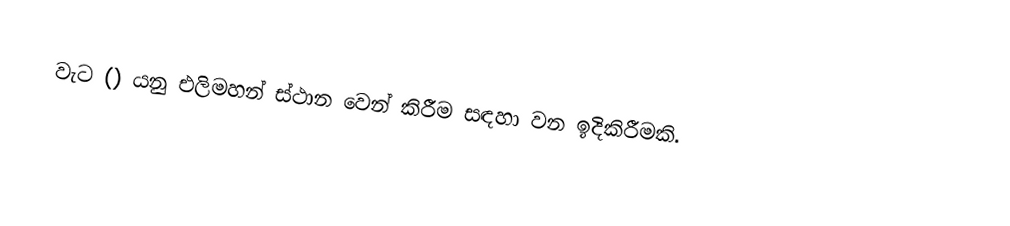
වැට () යනු එලිමහන් ස්ථාන වෙන් කිරීම සඳහා වන ඉදිකිරීමකි.